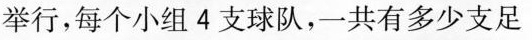
举行，每个小组4支球队，一共有多少支足